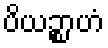
ပိယဉ္စာဟံ